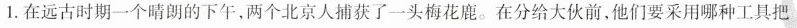
1.在远古时期一个晴朗的下午，两个北京人捕获了一头梅花鹿。在分给大伙前，他们要采用哪种工具把